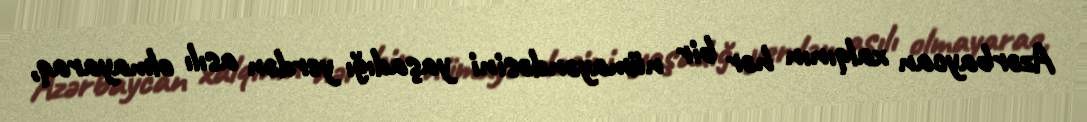
Azərbaycan xalqının hər bir nümayəndəsini yaşadığı yerdən asılı olmayaraq,